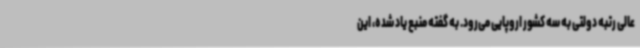
عالی رتبه دولتی به سه کشور اروپایی می‌رود. به گفته منبع یاد شده، این